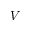
V